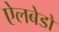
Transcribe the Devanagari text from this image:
ऐलबेडो